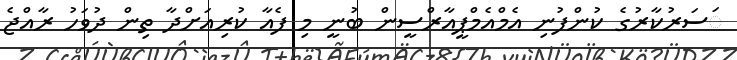
ަސަރުކާރުގެ ކުންފުނި އެމްއެމްޕީއާރްސީން ބުނީ މި ފެއާ ކުރިއަށްދާ ތިން ދުވަހު ރާއްޖެ